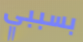
بسببي